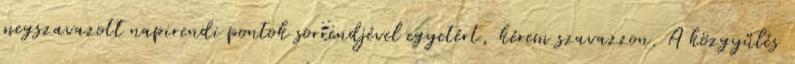
megszavazott napirendi pontok sorrendjével egyetért, kérem szavazzon. A közgyűlés